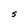
Character: S